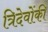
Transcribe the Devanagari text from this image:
त्रिदेवोंकी